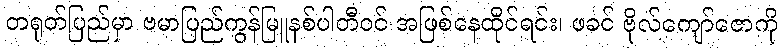
တရုတ်ပြည်မှာ ဗမာပြည်ကွန်မြူနစ်ပါတီဝင် အဖြစ်နေထိုင်ရင်း၊ ဖခင် ဗိုလ်ကျော်ဇောကို